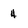
Character: H